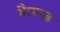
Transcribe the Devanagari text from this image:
भैरमगढ़